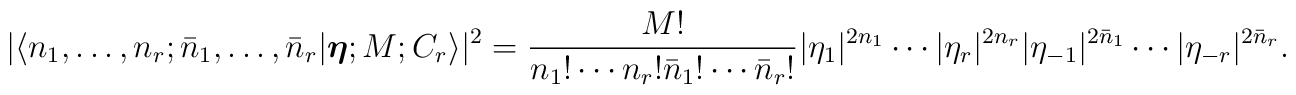
|\langle n_1,\ldots,n_r;\bar{n}_1,\ldots,\bar{n}_r|    \hbox{\boldmath $\eta$};M;C_r\rangle|^2=    {M!\over{n_1!\cdots n_r!\bar{n}_1!\cdots     \bar{n}_r!}} |\eta_1|^{2n_1}\cdots|\eta_r|^{2n_r}    |\eta_{-1}|^{2\bar{n}_1}\cdots|\eta_{-r}|^{2\bar{n}_r}.